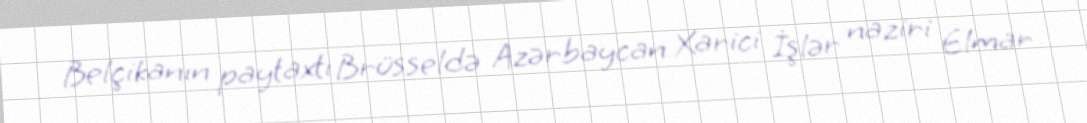
Belçikanın paytaxtı Brüsseldə Azərbaycan Xarici İşlər naziri Elmar